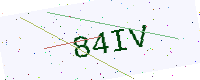
Text: 84IV